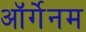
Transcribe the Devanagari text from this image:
ऑर्गेनम